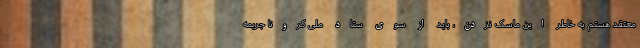
معتقد هستم به خاطر این ماسک نزدن، باید از سوی ستاد ملی کرونا جریمه